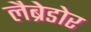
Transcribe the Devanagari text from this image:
लैब्रेडोर